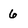
Character: 6